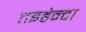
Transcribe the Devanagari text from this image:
तइहेन्दा